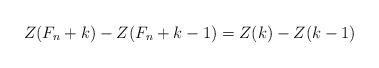
LaTeX: \begin{align*}Z(F_n + k) - Z(F_n + k -1) = Z(k) - Z(k-1)\end{align*}